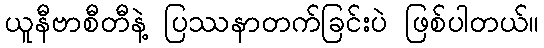
ယူနီဗာစီတီနဲ့ ပြဿနာတက်ခြင်းပဲ ဖြစ်ပါတယ်။